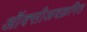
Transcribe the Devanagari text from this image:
ऑक्सीअवक्रमित